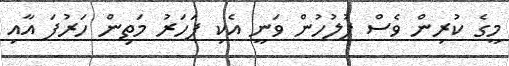
މީގެ ކުރިން ވެސް ފުލުހުން ވަނީ އެކި ފަހަރު މަތިން ހަރުފަ އާއި